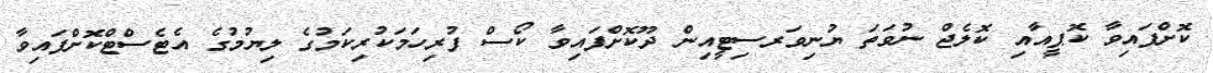
ކޮށްފައިވާ ކޮޕީއާއި ކޮލެޖް ނުވަތަ ޔުނިވަރސިޓީއިން ދޫކޮށްފައިވާ ކޯސް ފުރިހަމަކުރިކަމުގެ ލިޔުމުގެ އެޓެސްޓްކޮށްފައިވާ